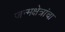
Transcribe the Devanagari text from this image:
जन्मक्षेत्रांचा